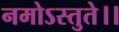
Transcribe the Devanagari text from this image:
नमोऽस्तुते।।